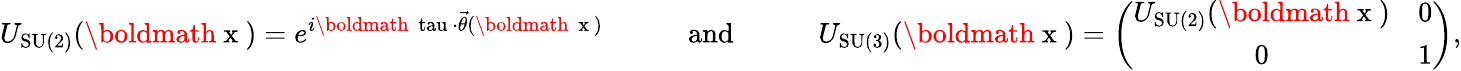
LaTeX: U_{\mathrm{SU(2)}}(\mathrm{\boldmath~x~})=e^{i\mathrm{\boldmath~\scriptstyle\ tau~}\cdot\vec{\theta}(\mathrm{\boldmath~{\scriptstyle~x}~})}\quad\quad\quad\mathrm{and}\quad\quad\quad U_{\mathrm{SU(3)}}(\mathrm{\boldmath~x~})=\left(\begin{array}{cc}{{U_{\mathrm{SU(2)}}(\mathrm{\boldmath~x~})}}&{{0}}\\ {{0}}&{{1}}\end{array}\right),